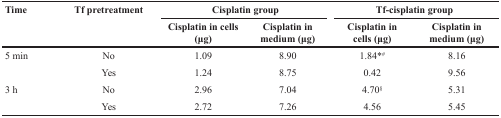
| <ROWSPAN=2> Time | <ROWSPAN=2> Tf pretreatment | <COLSPAN=2> Cisplatin group | <COLSPAN=2> Tf-cisplatin group |
 | Cisplatin in cells (μg) | Cisplatin in medium (μg) | Cisplatin in cells (μg) | Cisplatin in medium (μg) |
 | --- | --- | --- | --- | --- | --- |
 | 5 min | No | 1.09 | 8.90 | 1.84*# | 8.16 |
 |  | Yes | 1.24 | 8.75 | 0.42 | 9.56 |
 | 3 h | No | 2.96 | 7.04 | 4.70§ | 5.31 |
 |  | Yes | 2.72 | 7.26 | 4.56 | 5.45 |